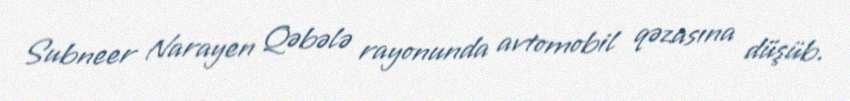
Subneer Narayen Qəbələ rayonunda avtomobil qəzasına düşüb.